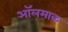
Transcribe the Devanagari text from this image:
ऑलमाक